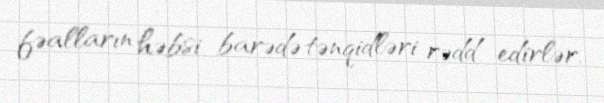
fəalların həbsi barədə tənqidləri rədd edirlər.